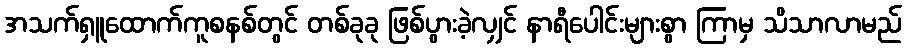
အသက်ရှူထောက်ကူစနစ်တွင် တစ်ခုခု ဖြစ်ပွားခဲ့လျှင် နာရီပေါင်းများစွာ ကြာမှ သိသာလာမည်